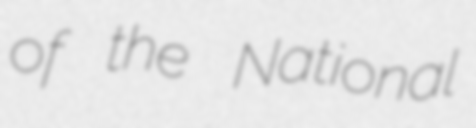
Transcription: of the National